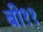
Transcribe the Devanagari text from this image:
बी११